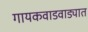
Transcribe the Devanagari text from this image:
गायकवाडवाड्यात